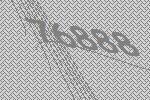
76888